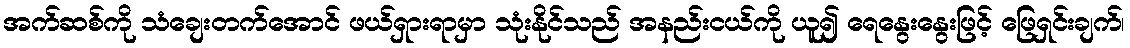
အက်ဆစ်ကို သံချေးတက်အောင် ဖယ်ရှားရာမှာ သုံးနိုင်သည် အနည်းငယ်ကို ယူ၍ ရေနွေးနွေးဖြင့် ဖြေရှင်းချက်၊